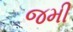
જમી